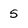
Character: 5